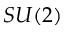
S U ( 2 )